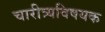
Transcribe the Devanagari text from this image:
चारीत्र्यविषयक